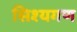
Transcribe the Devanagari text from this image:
सिश्यगण